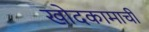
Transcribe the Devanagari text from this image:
खोदकामाची